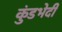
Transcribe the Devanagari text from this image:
कुंडभेदी